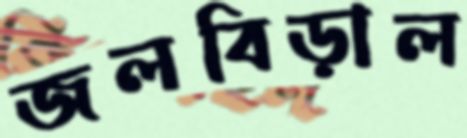
জলবিড়াল